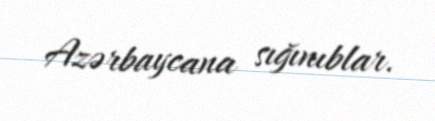
Azərbaycana sığınıblar.